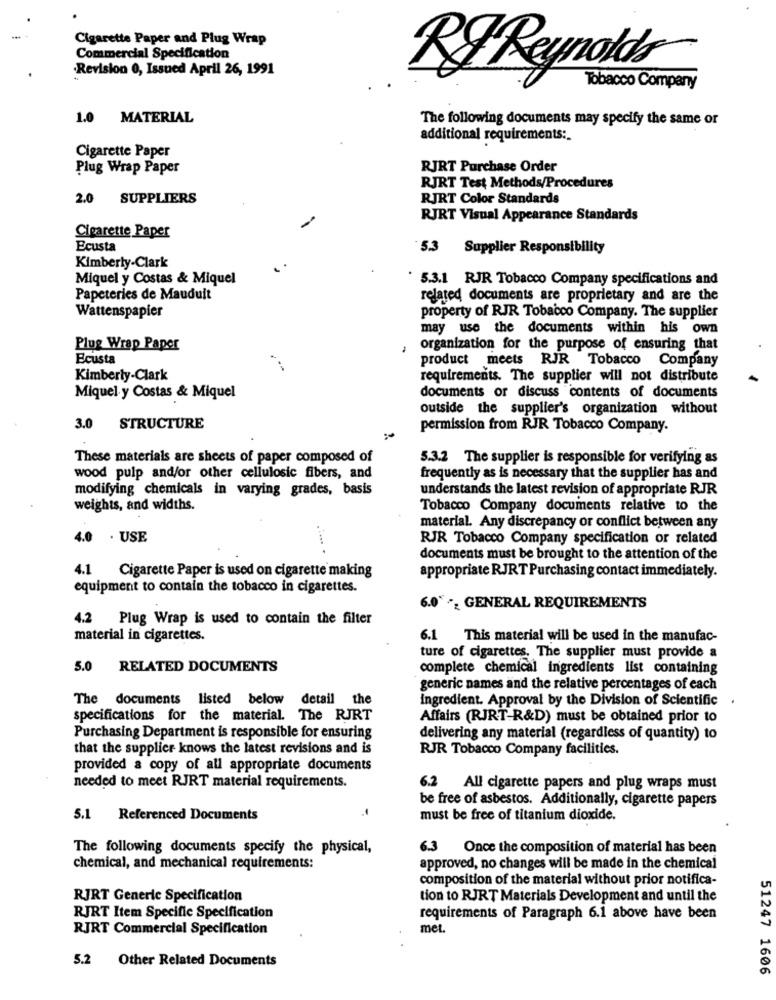
Cigarette Paper and Plug Wrap
Commercial Specification
Revision 0, Issued April 26, 1991
Rg Reynolds
Tobacco Company
1.0 MATERIAL
The following documents may specify the same or
additional requirements :.
Cigarette Paper
Plug Wrap Paper
RJRT Purchase Order
RJRT Test Methods/Procedures
2.0 SUPPLIERS
RJRT Color Standards
RJRT Visual Appearance Standards
Cigarette Paper
Ecusta
5.3
Supplier Responsibility
Kimberly-Clark
Miquel y Costas & Miquel
5.3.1 RJR Tobacco Company specifications and
Papeteries de Mauduit
related documents are proprietary and are the
Wattenspapier
property of RJR Tobacco Company. The supplier
may use the documents within his own
Plug Wrap Paper
organization for the purpose of ensuring that
Ecusta
product meets RJR Tobacco Company
Kimberly-Clark
requirements. The supplier will not distribute
Miquel y Costas & Miquel
documents or discuss contents of documents
outside the supplier's organization without
3.0 STRUCTURE
permission from RJR Tobacco Company.
These materials are sheets of paper composed of
5.3.2 The supplier is responsible for verifying as
wood pulp and/or other cellulosic fibers, and
frequently as is necessary that the supplier has and
modifying chemicals in varying grades, basis
understands the latest revision of appropriate RJR
weights, and widths.
Tobacco Company documents relative to the
material. Any discrepancy or conflict between any
4.0 · USE
RJR Tobacco Company specification or related
documents must be brought to the attention of the
4.1 Cigarette Paper is used on cigarette making
appropriate RJRT Purchasing contact immediately.
equipment to contain the tobacco in cigarettes.
6.0* *¿ GENERAL REQUIREMENTS
4.2 Plug Wrap is used to contain the filter
material in cigarettes.
6.1 This material will be used in the manufac-
ture of cigarettes. The supplier must provide a
5.0 RELATED DOCUMENTS
complete chemical ingredients list containing
generic names and the relative percentages of each
The documents listed below detail the
ingredient. Approval by the Division of Scientific
.
specifications for the material. The RJRT
Affairs (RJRT-R&D) must be obtained prior to
Purchasing Department is responsible for ensuring
delivering any material (regardless of quantity) to
that the supplier knows the latest revisions and is
RJR Tobacco Company facilities.
provided & copy of all appropriate documents
needed to meet RJRT material requirements.
6.2 All cigarette papers and plug wraps must
be free of asbestos. Additionally, cigarette papers
-
5.1
Referenced Documents
must be free of titanium dioxide.
The following documents specify the physical,
6.3 Once the composition of material has been
chemical, and mechanical requirements:
approved, no changes will be made in the chemical
composition of the material without prior notifica-
RJRT Generic Specification
tion to RJRT Materials Development and until the
RJRT Item Specific Specification
requirements of Paragraph 6.1 above have been
RJRT Commercial Specification
met.
5.2
Other Related Documents
51247 1606